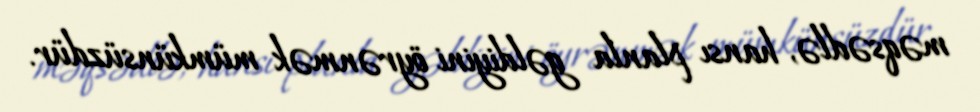
məqsədlə, hansı planla gəldiyini öyrənmək mümkünsüzdür.